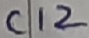
Text: C12